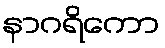
နာဂရိကော